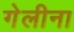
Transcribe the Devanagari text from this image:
गेलीना